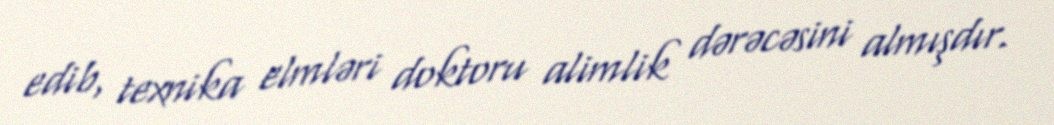
edib, texnika elmləri doktoru alimlik dərəcəsini almışdır.